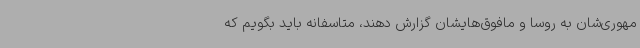
مهوری‌شان به روسا و مافوق‌هایشان گزارش دهند، متاسفانه باید بگویم که